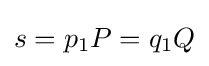
s=p_{1}P=q_{1}Q